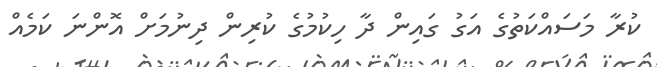
ކުރާ މަސައްކަތުގެ އަގު ގައިން ދާ ހިކުމުގެ ކުރިން ދިނުމަށް އޮންނަ ކަމެއް